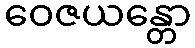
ဝေဇယန္တော